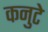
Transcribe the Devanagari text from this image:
कनुटे